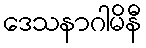
ဒေသနာဂါမိနီ